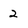
Character: 2